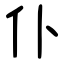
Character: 仆